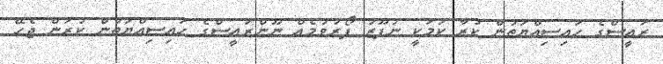
ރައީސްގެ ހައިސިއްޔަތުން ކުރާ ކަމަކީ ނުފޫޒު ފޯރުވުމެއް ނޫންރައީސްގެ ހައިސިއްޔަތުން ކުރަން ޖެހޭ